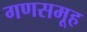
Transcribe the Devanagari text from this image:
गणसमूह